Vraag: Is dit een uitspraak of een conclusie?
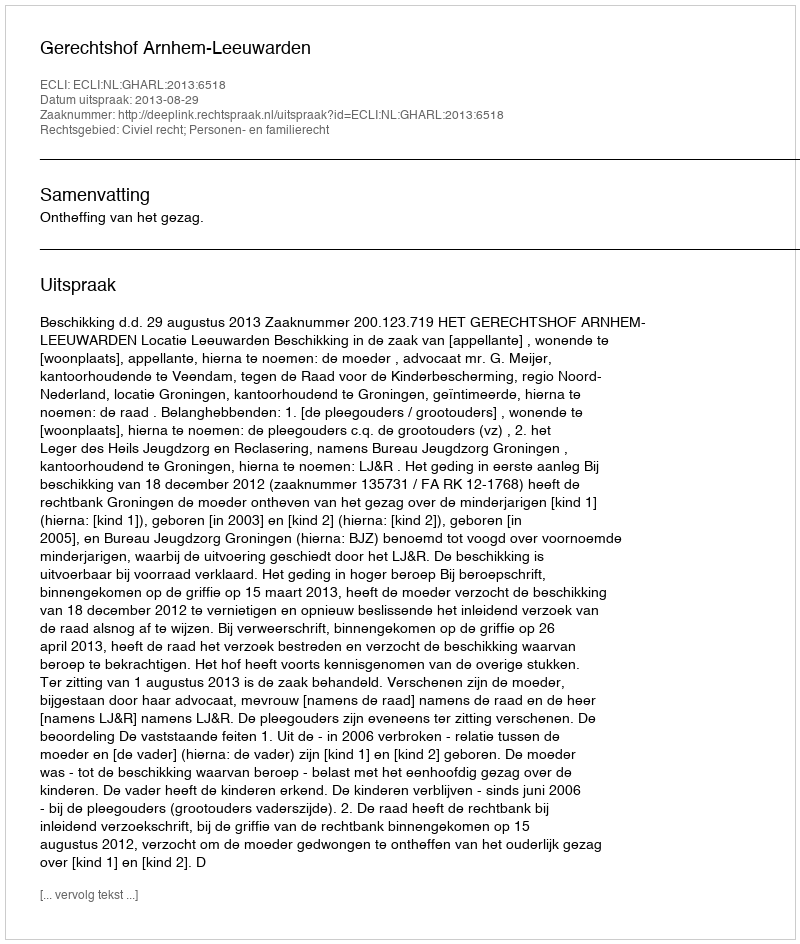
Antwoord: Uitspraak